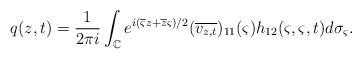
LaTeX: \begin{align*}q(z,t)=\frac{1}{2\pi i} \int_{\mathbb C} e^{i(\overline{\varsigma}z+\overline{z}{\varsigma})/2} (\overline{v_{z,t}})_{11}(\varsigma) h_{12}(\varsigma,\varsigma,t) {d\sigma_\varsigma}.\end{align*}